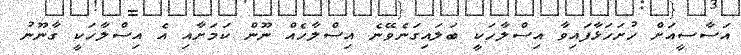
އަސާސީއަށް ހުށަހަޅާފައިވާ އިސްލާހަކީ ބަލައިގަނެވޭނެ އިސްލާހެއް ނޫން ކަމަށާއި އެ އިސްލާހަކީ ގާނޫނު